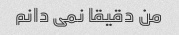
من دقیقا نمی دانم